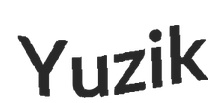
Yuzik